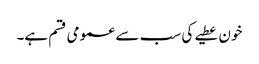
خون عطیے کی سب سے عمومی قسم ہے۔